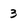
Character: 3